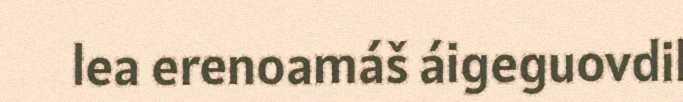
lea erenoamáš áigeguovdil